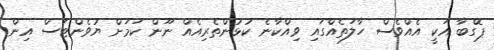
ޕޮގްބާ އަކީ އެއްވެސް ހާލަތެއްގައި ވިއްކާނެ ކުޅުންތެރިއެއް ނޫން ކަމަށް ޔުވެންޓަސް އިން